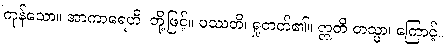
ကုန်သော။ အာကာရေဟိ၊ တို့ဖြင့်။ ပဿတိ၊ ရှုတတ်၏။ ဣတိ တသ္မာ၊ ကြောင့်။